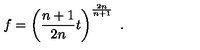
f = \left( \frac { n + 1 } { 2 n } t \right) ^ { \frac { 2 n } { n + 1 } } \ .